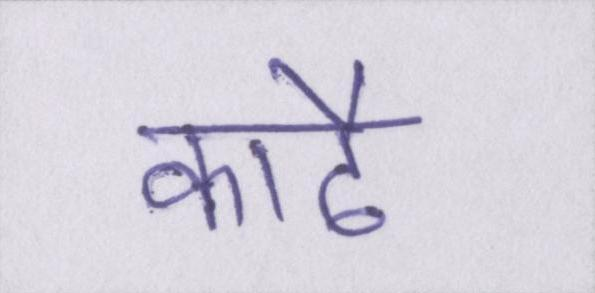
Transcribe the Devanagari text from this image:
काढै